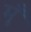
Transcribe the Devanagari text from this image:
मूँ